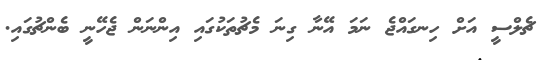
ޗެލްސީ އަށް ހިނގައްޖެ ނަމަ އޭނާ ގިނަ މެޗުތަކުގައި އިންނަން ޖެހޭނީ ބެންޗުގައި.